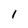
Character: 1